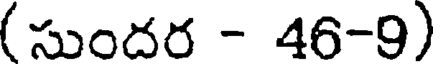
( సుందర - 46-9)